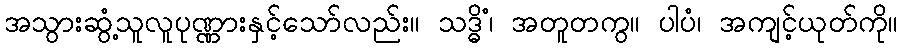
အသွားဆွံ့သူလူပုဏ္ဏားနှင့်သော်လည်း။ သဒ္ဓိံ၊ အတူတကွ။ ပါပံ၊ အကျင့်ယုတ်ကို။